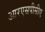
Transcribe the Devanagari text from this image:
आरएसपीसीए